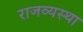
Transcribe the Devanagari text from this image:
राजव्यस्था